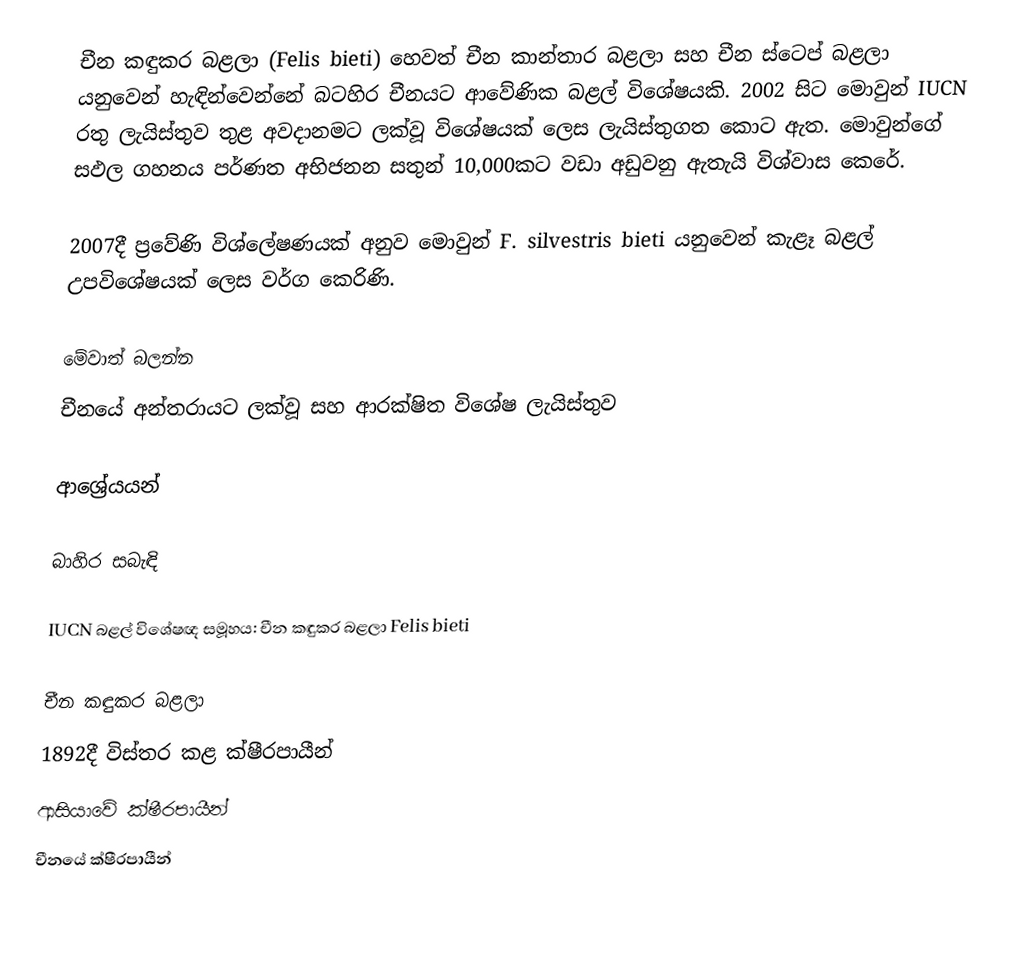
චීන කඳුකර බළලා (Felis bieti) හෙවත් චීන කාන්තාර බළලා සහ චීන ස්ටෙප් බළලා යනුවෙන් හැඳින්වෙන්නේ බටහිර චීනයට ආවේණික බළල් විශේෂයකි. 2002 සිට මොවුන් IUCN රතු ලැයිස්තුව තුළ අවදානමට ලක්වූ විශේෂයක් ලෙස ලැයිස්තුගත කොට ඇත. මොවුන්ගේ සඵල ගහනය පර්ණත අභිජනන සතුන් 10,000කට වඩා අඩුවනු ඇතැයි විශ්වාස කෙරේ.

2007දී ප්‍රවේණි විශ්ලේෂණයක් අනුව මොවුන් F. silvestris bieti යනුවෙන් කැළෑ බළල් උපවිශේෂයක් ලෙස වර්ග කෙරිණි.

මේවාත් බලන්න
චීනයේ අන්තරායට ලක්වූ සහ ආරක්ෂිත විශේෂ ලැයිස්තුව

ආශ්‍රේයයන්

බාහිර සබැඳි

IUCN බළල් විශේෂඥ සමූහය: චීන කඳුකර බළලා Felis bieti

චීන කඳුකර බළලා
1892දී විස්තර කළ ක්ෂීරපායීන්
ආසියාවේ ක්ෂීරපායීන්
චීනයේ ක්ෂීරපායීන්